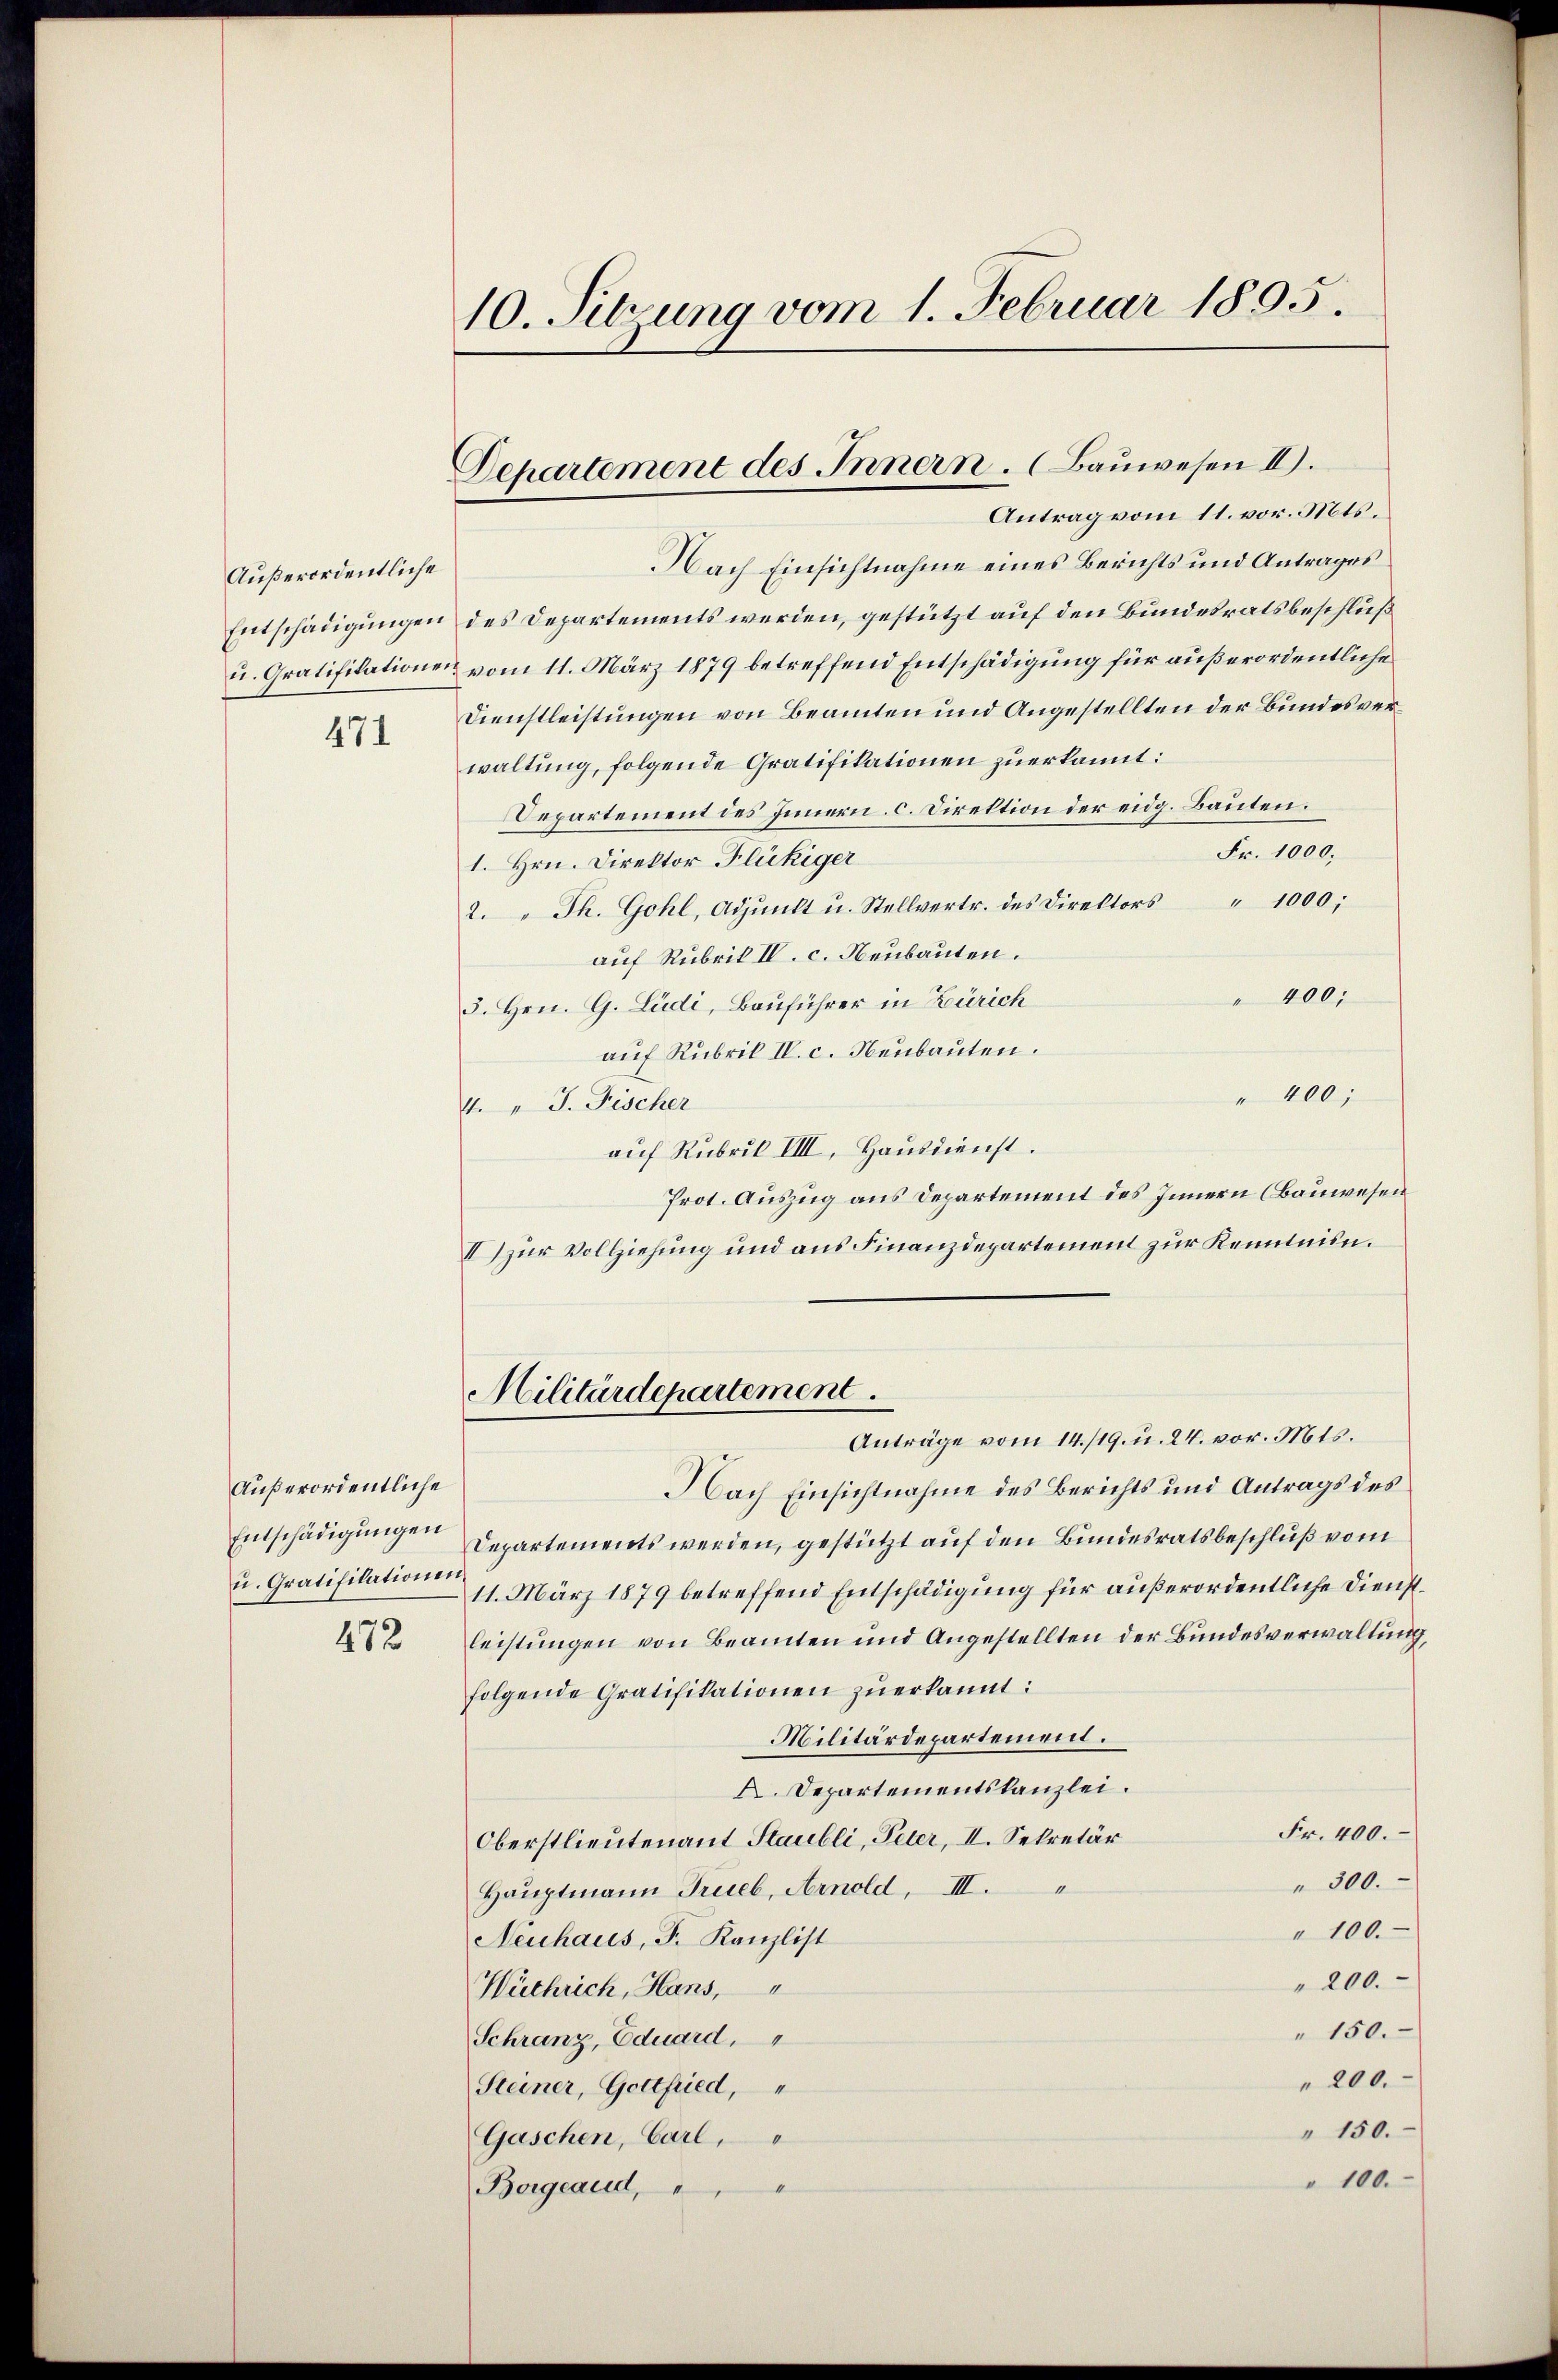
Außerordentliche
Entschädigungen
u. Gratifikationen

471

Außerordentliche
Entschädigungen
u. Gratifikatione

472

10. Sitzung vom 1. Februar 1895.

Departement des Innern. (Bauwesen II.
Antrag vom 11. vor. Mts.

Nach Einsichtnahme eines Berichts und Antrages
des Departements werden, gestützt auf den Bundesratsbeschluß
vom 11. März 1879 betreffend Entschädigung für außerordentliche
Dienstleistungen von Beamten und Angestellten der Bundesverwaltung, folgende Gratifikationen zuerkannt:
Departement des Innern, c. Direktion der eidg. Bauten.
Fr. 1000.
1. Hrn. Direktor Flückiger
2. " Th. Gohl, Adjunkt u. Stellvertr. des Direktors " 1000;
auf Rubrik IV. c. Neubauten.
" 400;
3. Hrn. G. Ludi, Bauführer in Zürich
aŭf Rubrik IV. c. Neubauten.
" 400;
4. " J. Fischer
auf Rubrik VIII. Hausdienst.
Prot. Auszug aus Departement des Innern (Bauwesen
II) zur Vollziehung und aus Finanzdepartement zur Kenntnin.
Militärdepartement.
Anträge vom 14./19. u. 24. vor. Mts.
Nach Einsichtnahme des Berichts und Antrags des
Departements werden, gestützt auf den Bundesratsbeschluß vom
11. März 1879 betreffend Entschädigung für außerordentliche Dienstleistungen von Beamten und Angestellten der Bundesverwaltung
folgende Gratifikationen zŭerkannt:
Militärdepartement.
X. Departementskanzlei.
Fr. 400.
Oberstlieutenant Staubli, Peter, II. Sekretär
" 300.
Hauptmann Trieb, Arnold, III.
" 100.
Neuhaus, F. Kanzlist
200.
Wüchrich, Hans,
" 150.
Schranz, Eduard,
200.
Steiner, Gottfried,
" 150.
Gaschen, Carl,
" 100.
1
Borgeaud,